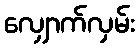
လျှောက်လှမ်း